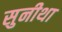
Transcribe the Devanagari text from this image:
सुनीथा